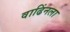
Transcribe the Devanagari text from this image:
वाढिंनला